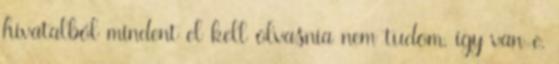
hivatalból mindent el kell olvasnia nem tudom, így van-e,